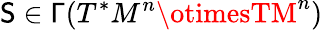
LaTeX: \mathsf{S}\in\mathsf{{\Gamma}}(T^{*}M^{n}\otimesTM^{n})